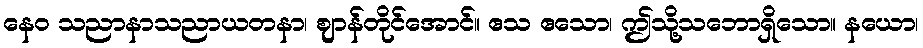
နေဝ သညာနာသညာယတနာ၊ ဈာန်တိုင်အောင်။ ဧသ ဧသော၊ ဤသို့သဘောရှိသော။ နယော၊